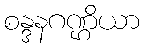
စန္ဒနဂဏ္ဌိယာ